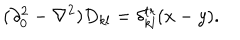
LaTeX: ( \partial _ { 0 } ^ { 2 } - \nabla ^ { 2 } ) D _ { k l } = \delta _ { k l } ^ { t r } ( x - y ) .